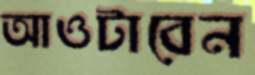
আওটাবেন